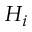
H _ { i }